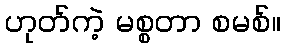
ဟုတ်ကဲ့ မစ္စတာ စမစ်။